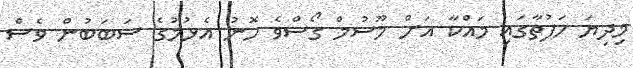
މިދިޔަ ހަފުތާގައި މައްކާ އަށް މޫސުމް ގޯސްވެ ހޮނު އެޅުމުގެ ސަބަބުން ވެސް